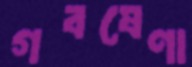
গবষেণা